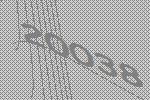
20038